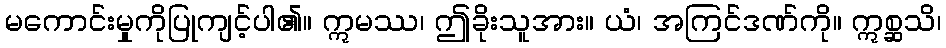
မကောင်းမှုကိုပြုကျင့်ပါ၏။ ဣမဿ၊ ဤခိုးသူအား။ ယံ၊ အကြင်ဒဏ်ကို။ ဣစ္ဆသိ၊